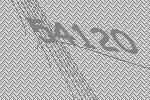
54120